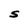
Character: S